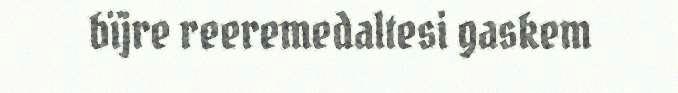
bïjre reeremedaltesi gaskem